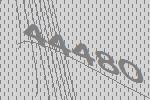
44480